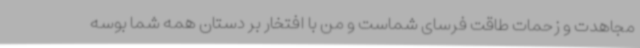
مجاهدت و زحمات طاقت فرسای شماست و من با افتخار بر دستان همه شما بوسه